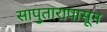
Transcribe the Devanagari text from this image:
सापुतारापासून